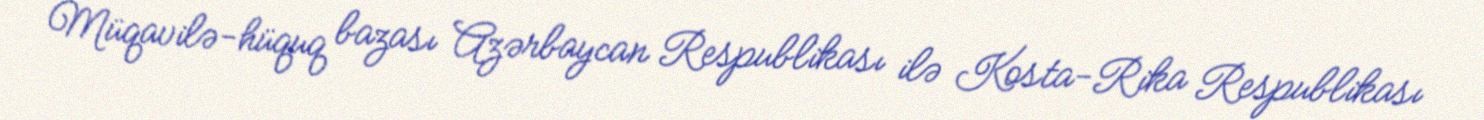
Müqavilə-hüquq bazası Azərbaycan Respublikası ilə Kosta-Rika Respublikası